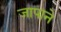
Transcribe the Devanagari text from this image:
जापाने